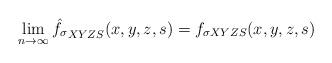
LaTeX: \begin{align*}\lim_{n \rightarrow \infty} \hat{f_{\sigma}}_{XYZS}(x,y,z,s) = f_{\sigma XYZS}(x,y,z,s)\end{align*}